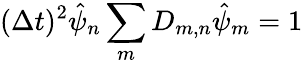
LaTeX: (\Delta t)^{2}\hat{\psi}_{n}\sum_{m}D_{m,n}\hat{\psi}_{m}=1